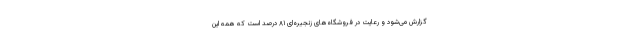
گزارش می‌شود و رعایت در فروشگاه‌های زنجیره‌ای ۸۱ درصد است که همه این